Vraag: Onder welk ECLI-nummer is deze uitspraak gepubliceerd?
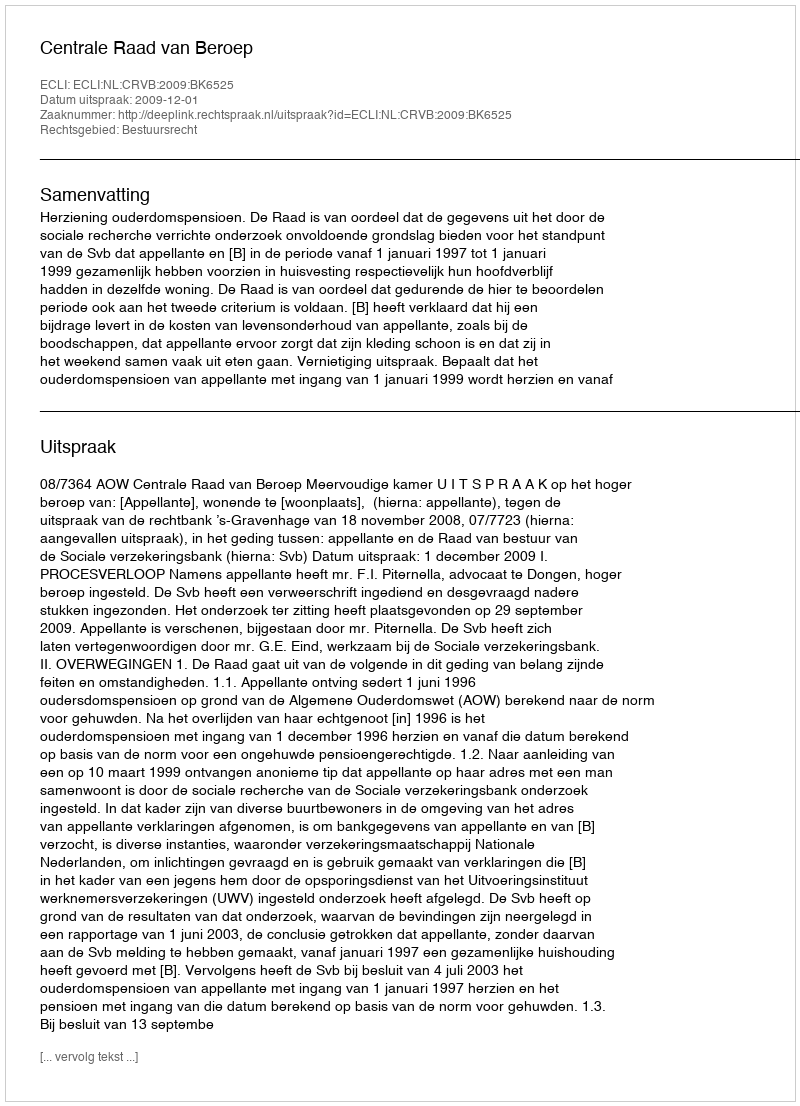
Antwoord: ECLI:NL:CRVB:2009:BK6525